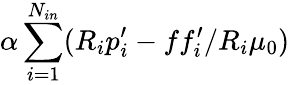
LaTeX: \alpha\sum_{i=1}^{N_{in}}(R_{i}p_{i}^{\prime}-ff_{i}^{\prime}/R_{i}\mu_{0})